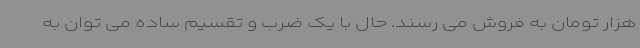
هزار تومان به فروش می رسند. حال با یک ضرب و تقسیم ساده می توان به